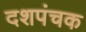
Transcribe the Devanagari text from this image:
दशपंचक